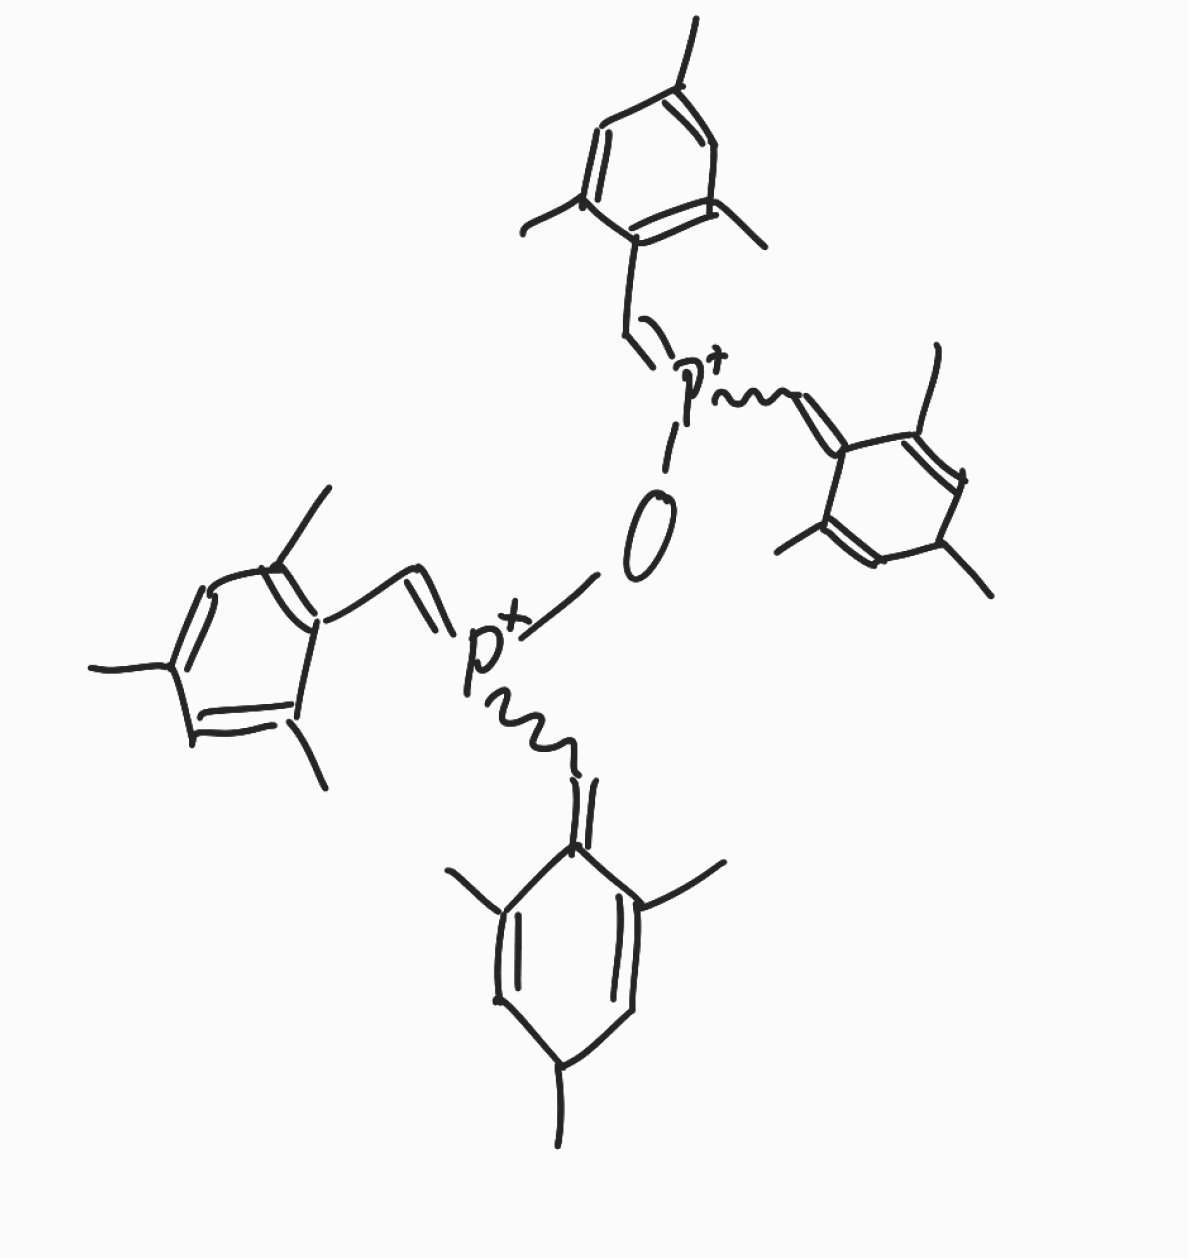
Simplified molecular-input line-entry system (SMILES) notation of the given molecule:
CC1C=C(C(=C[P+](=CC2=C(C=C(C=C2C)C)C)O[P+](=CC3=C(C=C(C=C3C)C)C)C=C4C(=CC(C=C4C)C)C)C(=C1)C)C